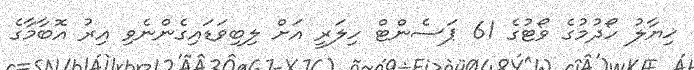
ޚިޔާލު ހޯދުމުގެ ވޯޓުގެ 61 ޕަސެންޓް ހިލަރީ އަށް ލިބިވަޑައިގެންނެވި އިރު އޮބާމާގެ